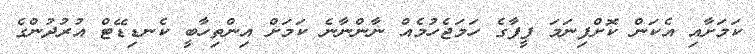
ކަމަށާއި އެކަން ކޮށްފިނަމަ ފީފާގެ ހަމަޖެހުމެއް ނާންނާނެ ކަމަށް އިންތިހާބީ ކެނޑިޑޭޓް އުރުދުންގެ